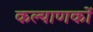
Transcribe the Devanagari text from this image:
कल्याणकों